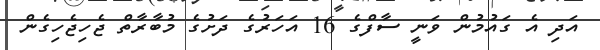
އަދި އެ ގައުމުން ވަނީ ސާފްގެ 16 އަހަރުގެ ދަށުގެ މުބާރާތް ޖެހިޖެހިގެން